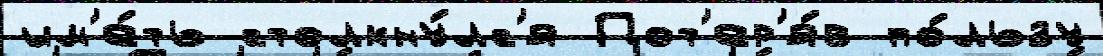
им'е́ть столкну́лс'я Пот'ер'я́в по́льзу